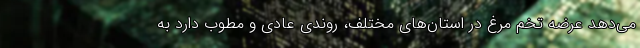
می‌دهد عرضه تخم مرغ در استان‌های مختلف، روندی عادی و مطوب دارد به